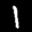
Label: 1